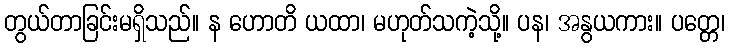
တွယ်တာခြင်းမရှိသည်။ န ဟောတိ ယထာ၊ မဟုတ်သကဲ့သို့။ ပန၊ အနွယကား။ ပတ္တေ၊